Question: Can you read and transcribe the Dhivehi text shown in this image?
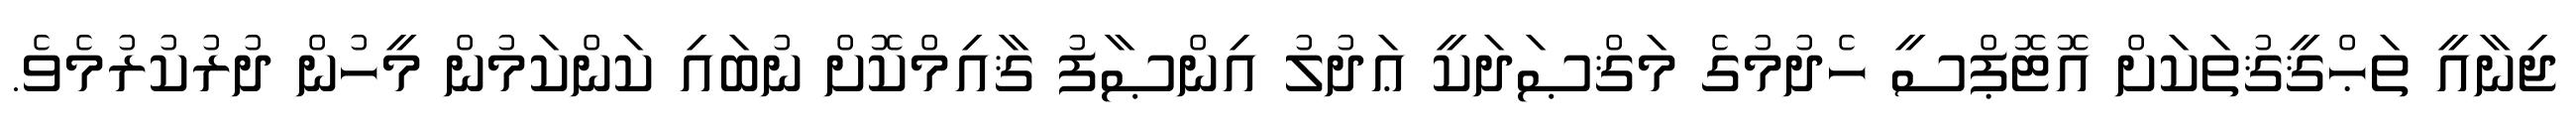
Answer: ޖިނާއީ ތަޙްޤީޤުތަކަށް އޮޓޮޕްސީ ހެދުމުގެ މަޤްޞަދަކީ ޢަދުލު އިންޞާފު ޤާއިމްކޮށް ނުބައި ކަންކަމުން މީހުން ދުރުކުރުމެވެ.